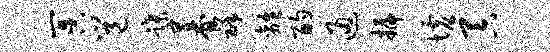
冥邕蹀暮祥离酌通插墟吞